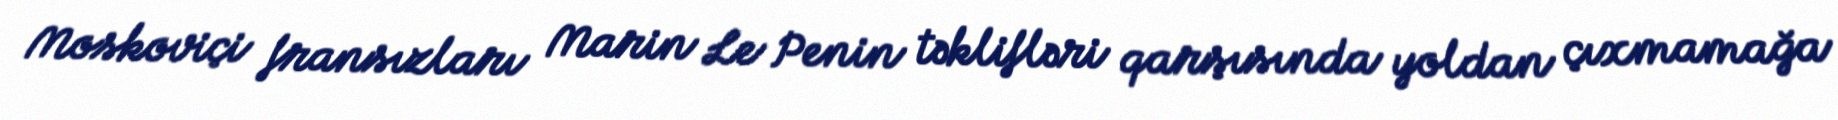
Moskoviçi fransızları Marin Le Penin təklifləri qarşısında yoldan çıxmamağa